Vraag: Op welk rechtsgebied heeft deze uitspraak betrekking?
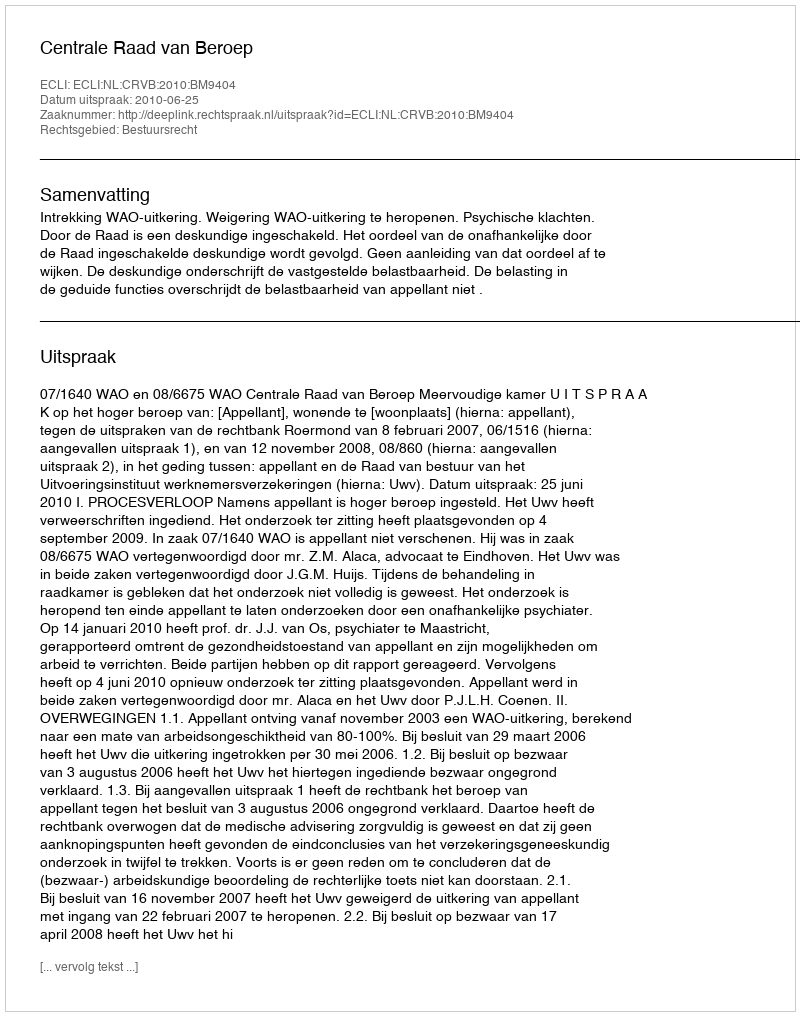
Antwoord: Bestuursrecht